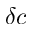
\delta c